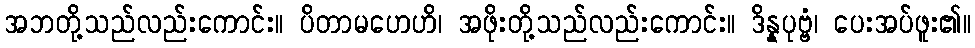
အဘတို့သည်လည်းကောင်း။ ပိတာမဟေဟိ၊ အဖိုးတို့သည်လည်းကောင်း။ ဒိန္နပုဗ္ဗံ၊ ပေးအပ်ဖူး၏။